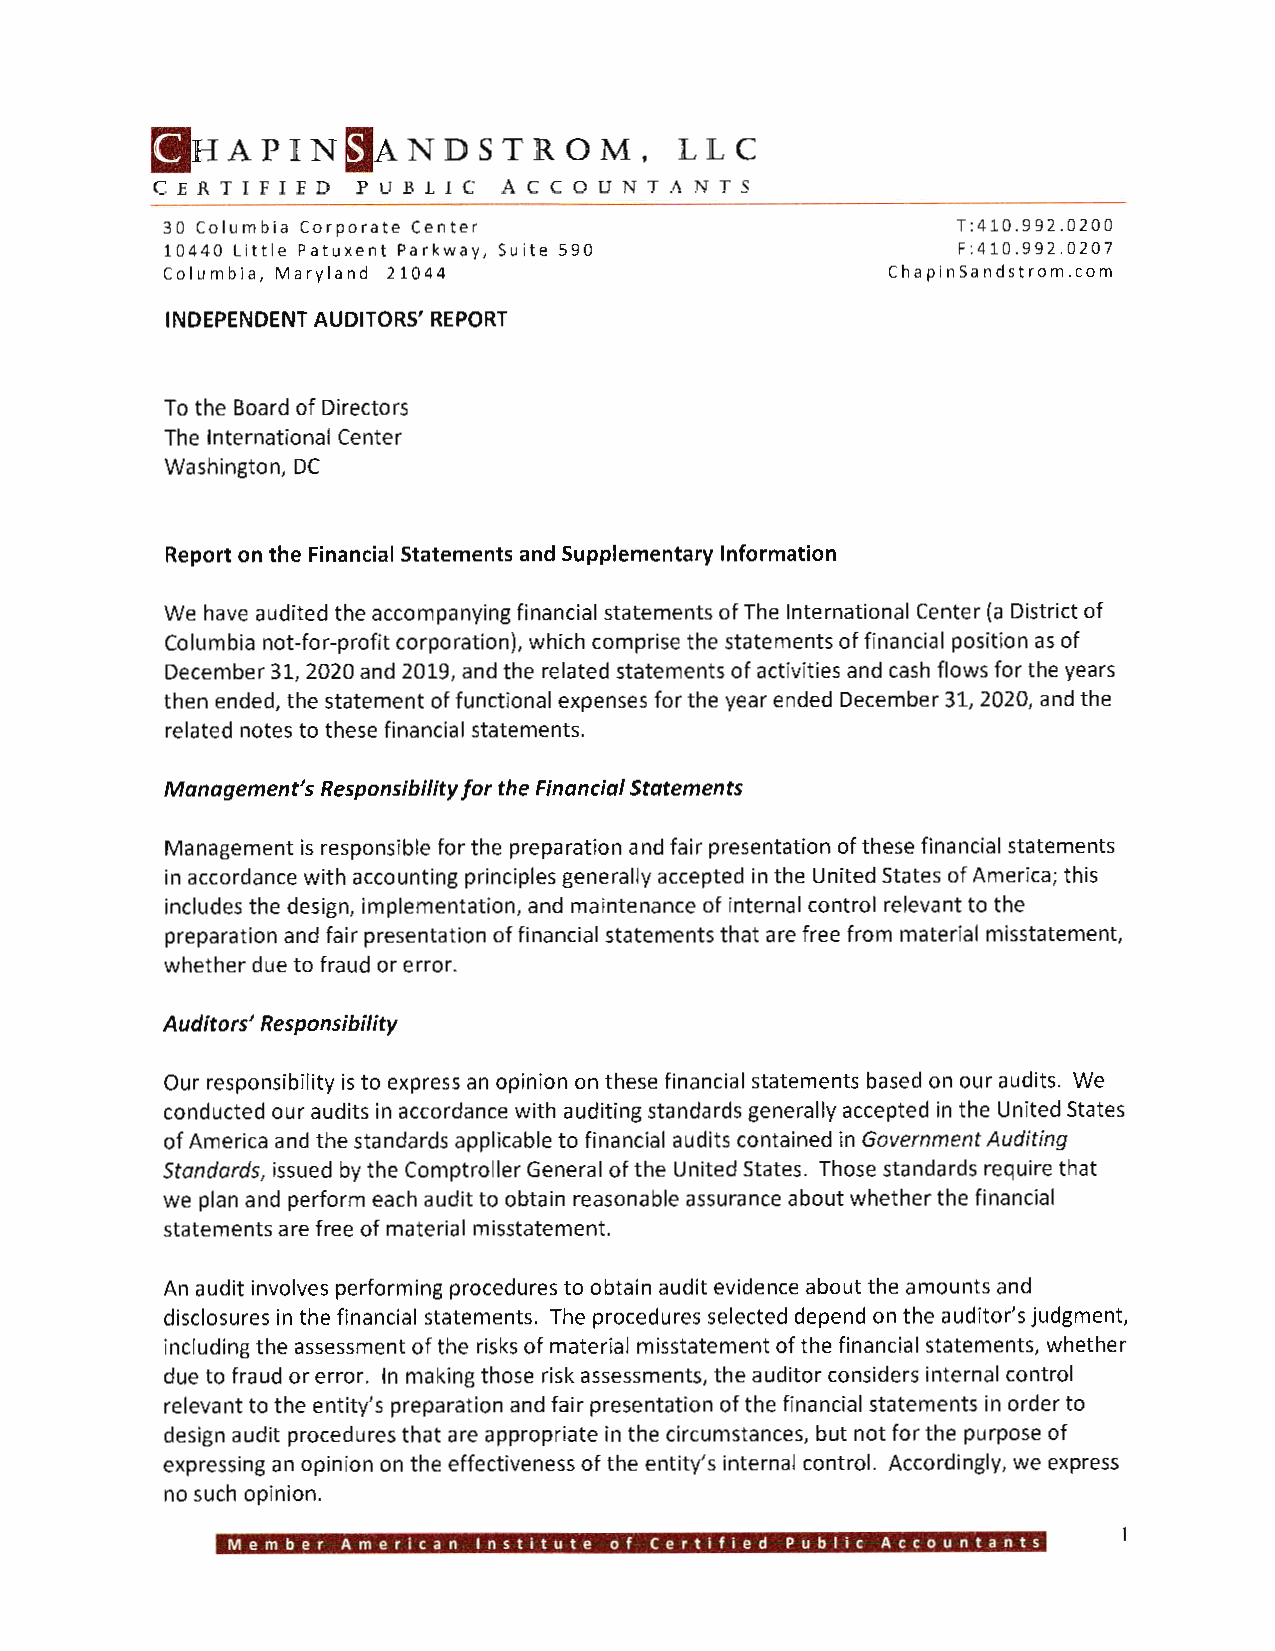
[tlHAPIN     ~ ANDSTROM,           LLC
 CERTIFIED     PUBLIC   ACCOUNTANTS
 30 Columbia Corporate Center                        T:410.992.0200
 10440 Little Patuxent Parkway, Suite 590            F:410.992.0207
 Columbia, Maryland 21044                        ChapinSandstrom.com
 INDEPENDENT AUDITORS' REPORT
 To the Board of Directors
 The International Center
 Washington, DC
 Report on the Financial Statements and Supplementary Information
 We have audited the accompanying financial statements of The International Center (a District of
 Columbia not-for-profit corporation), which comprise the statements of financial position as of
 December 31, 2020 and 2019, and the related statements of activities and cash flows for the years
 then ended, the statement of functional expenses for the year ended December 31, 2020, and the
 related notes to these financial statements.
 Management's Responsibility for the Financial Statements
 Management is responsible for the preparation and fair presentation of these financial statements
 in accordance with accounting principles generally accepted in the United States of America; this
 includes the design, implementation, and maintenance of internal control relevant to the
 preparation and fair presentation of financial statements that are free from material misstatement,
 whether due to fraud or error.
 Auditors' Responsibility
 Our responsibility is to express an opinion on these financial statements based on our audits. We
 conducted our audits in accordance with auditing standards generally accepted in the United States
 of America and the standards applicable to financial audits contained in Government Auditing
 Standards, issued by the Comptroller General of the United States. Those standards require that
 we plan and perform each audit to obtain reasonable assurance about whether the financial
 statements are free of material misstatement.
 An audit involves performing procedures to obtain audit evidence about the amounts and
 disclosures in the financial statements. The procedures selected depend on the auditor's judgment,
 including the assessment of the risks of material misstatement of the financial statements, whether
 due to fraud or error. In making those risk assessments, the auditor considers internal control
 relevant to the entity's preparation and fair presentation of the financial statements in order to
 design audit procedures that are appropriate in the circumstances, but not for the purpose of
 expressing an opinion on the effectiveness of the entity's internal control. Accordingly, we express
 no such opinion.
 Member  American Institute of Certified Public Accountants